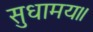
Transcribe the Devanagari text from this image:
सुधामय॥